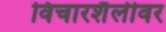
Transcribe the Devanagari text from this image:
विचारशैलीवर